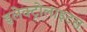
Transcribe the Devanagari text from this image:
इलेक्ट्रोलाइटस